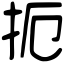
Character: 扼